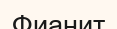
Фианит